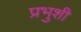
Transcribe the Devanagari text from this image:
प्रभुशी